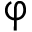
\upvarphi